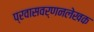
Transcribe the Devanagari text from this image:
प्रवासवर्णनलेखक